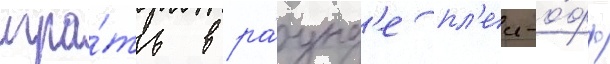
игра́ть в ра́унд'е пл'еи-о́фф